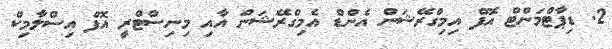
2. ޑިޕާޓްމަންޓް އޮފް އިމިގްރޭޝަން އެންޑް އެމިގްރޭޝަން އާއި މިނިސްޓްރީ އޮފް އިސްލާމިކް